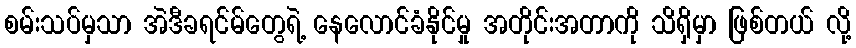
စမ်းသပ်မှသာ အဲဒီခရင်မ်တွေရဲ့ နေလောင်ခံနိုင်မှု အတိုင်းအတာကို သိရှိမှာ ဖြစ်တယ် လို့